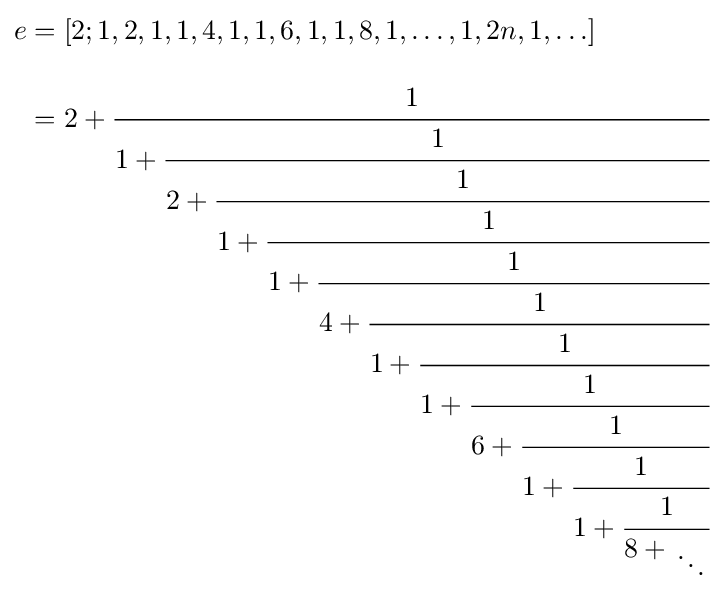
{\begin{aligned}e&=[2;1,2,1,1,4,1,1,6,1,1,8,1,\ldots ,1,2n,1,\ldots ]\\[8pt]&=2+{\cfrac {1}{1+{\cfrac {1}{2+{\cfrac {1}{1+{\cfrac {1}{1+{\cfrac {1}{4+{\cfrac {1}{1+{\cfrac {1}{1+{\cfrac {1}{6+{\cfrac {1}{1+{\cfrac {1}{1+{\cfrac {1}{8+{{} \atop \ddots }}}}}}}}}}}}}}}}}}}}}}}\end{aligned}}